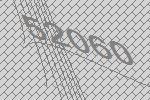
52060